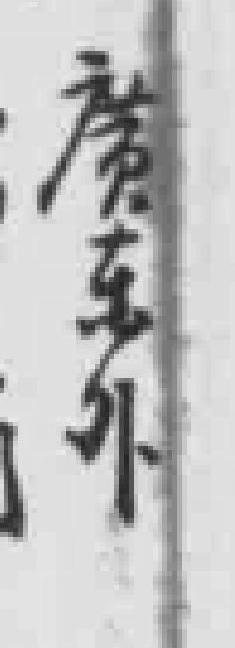
廣东外